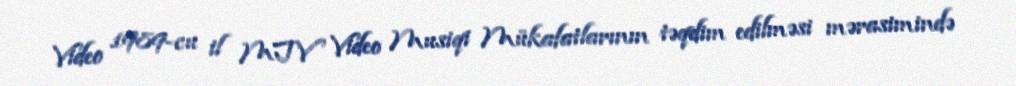
Video 1989-cu il MTV Video Musiqi Mükafatlarının təqdim edilməsi mərasimində